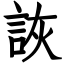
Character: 詼